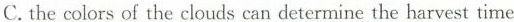
C.the colors of the clouds can determine the harvest time